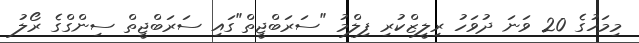
މިމަހުގެ 20 ވަނަ ދުވަހު ރިލީޒްކުރި ފިލްމު "ސަރަބްޖީތް"ގައި ސަރަބްޖީތް ސިންގްގެ ރޯލު